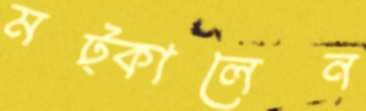
মট্‌কালেন